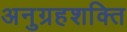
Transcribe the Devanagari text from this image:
अनुग्रहशक्ति